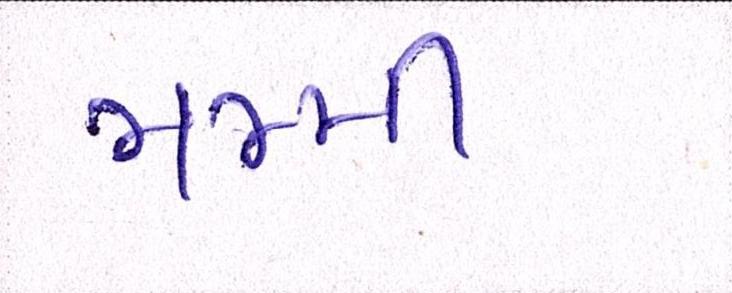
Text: મમ્મી